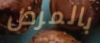
بالمرض